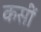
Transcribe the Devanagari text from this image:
कसीं